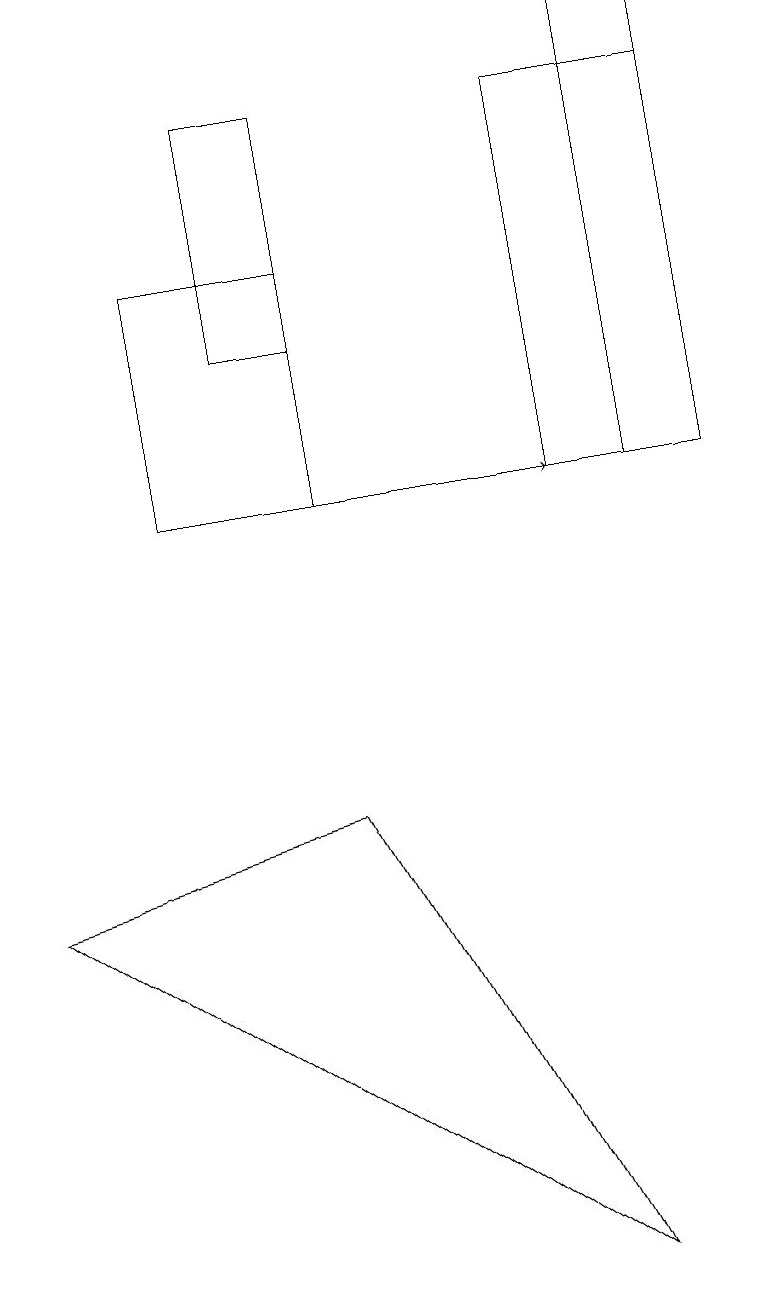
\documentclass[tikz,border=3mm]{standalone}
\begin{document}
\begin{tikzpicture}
\draw (3,15) rectangle (4,12);
\draw (2,13) rectangle (4,10);
\draw (9,15) rectangle (7,10);
\draw (4,6) -- (0,5) -- (7,0) -- cycle;
\draw[->] (3,10) -- (7,10);
\draw (9,16) rectangle (8,10);
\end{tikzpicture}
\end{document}